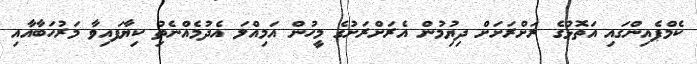
ކެމްޕެއިންގައި އަތޮޅުގެ ރަށްރަށަށް ދިޔުިމުން އެރަށްރަށުގެ މީހުން އަމިއްލަ އެދުމެއްނެތިު ކިޔާފައިވާ މަރުހަބާއާއި